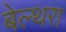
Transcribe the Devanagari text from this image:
बेल्‍थरा